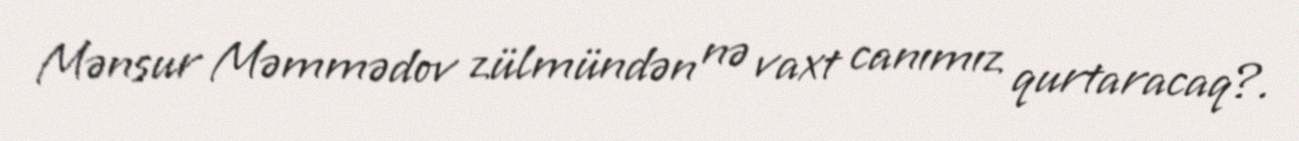
Mənsur Məmmədov zülmündən nə vaxt canımız qurtaracaq?.